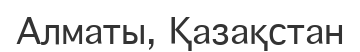
Алматы, Қазақстан